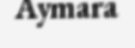
Aymara